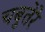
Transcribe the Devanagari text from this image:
चबुतेरे